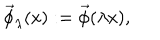
\vec { \phi } _ { \lambda } ( \textrm { x } ) : = \vec { \phi } ( \lambda \textrm { x } ) ,